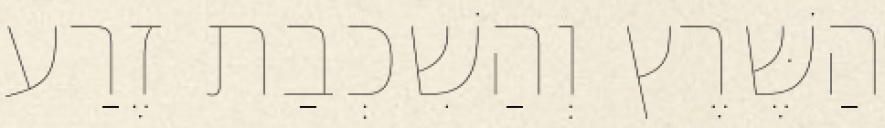
הַשֶּׁרֶץ וְהַשִׁכְבַת זֶרַע